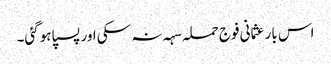
اس بار عثمانی فوج حملہ سہہ نہ سکی اور پسپا ہوگئی۔